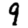
Digit: 9